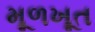
મૂળખૂત